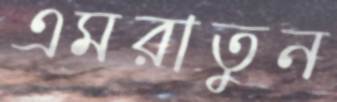
এমরাতুন